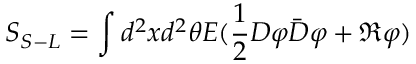
S _ { S - L } = \int d ^ { 2 } x d ^ { 2 } \theta E ( \frac { 1 } { 2 } D \varphi \bar { D } \varphi + \Re \varphi )